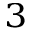
^ 3